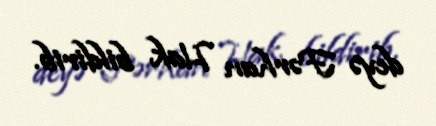
deyə Fərhan Hak bildirib.